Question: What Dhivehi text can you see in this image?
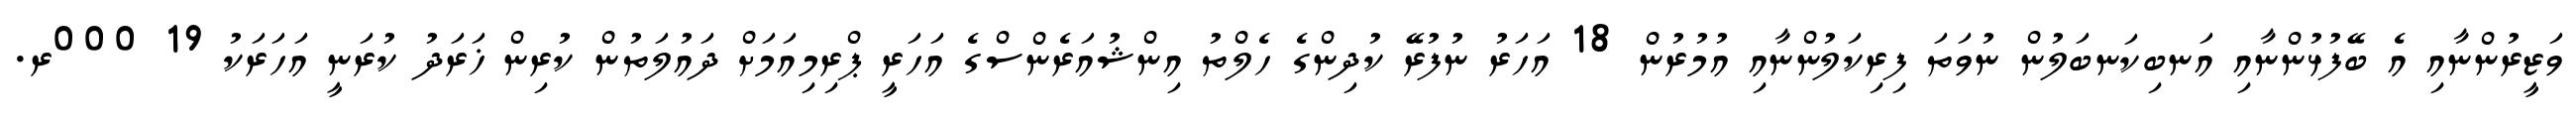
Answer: ވަޒީރުންނާއި އެ ބޭފުޅުންނާއި އަނބިކަނބަލުން ނުވަތަ ފިރިކަލުންނާއި އުމުރުން 18 އަހަރު ނުފުރޭ ކުދިންގެ ހެލްތު އިންޝުއަރެންސްގެ އަހަރީ ޕްރިމިއަމަށް ދައުލަތުން ކުރިން ޚަރަދު ކުރަނީ އަހަރަކު 19 000ރ.